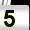
Digit: 5